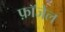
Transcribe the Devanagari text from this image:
फ़ॉजेल